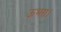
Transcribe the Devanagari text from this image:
ऊभरा।